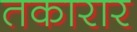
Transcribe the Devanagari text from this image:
तकारार